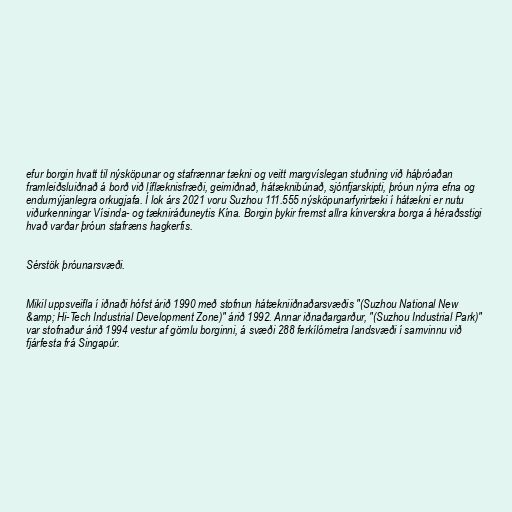
efur borgin hvatt til nýsköpunar og stafrænnar tækni og veitt margvíslegan stuðning við háþróaðan
framleiðsluiðnað á borð við líflæknisfræði, geimiðnað, hátæknibúnað, sjónfjarskipti, þróun nýrra efna og
endurnýjanlegra orkugjafa. Í lok árs 2021 voru Suzhou 111.555 nýsköpunarfyrirtæki í hátækni er nutu
viðurkenningar Vísinda- og tækniráðuneytis Kína. Borgin þykir fremst allra kínverskra borga á héraðsstigi
hvað varðar þróun stafræns hagkerfis.

Sérstök þróunarsvæði.

Mikil uppsveifla í iðnaði hófst árið 1990 með stofnun hátækniiðnaðarsvæðis "(Suzhou National New
&amp; Hi-Tech Industrial Development Zone)" árið 1992. Annar iðnaðargarður, "(Suzhou Industrial Park)"
var stofnaður árið 1994 vestur af gömlu borginni, á svæði 288 ferkílómetra landsvæði í samvinnu við
fjárfesta frá Singapúr.